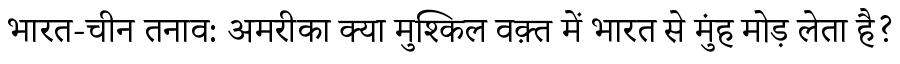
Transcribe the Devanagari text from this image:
भारत-चीन तनाव: अमरीका क्या मुश्किल वक़्त में भारत से मुंह मोड़ लेता है?